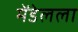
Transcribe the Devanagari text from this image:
मेंडेलला